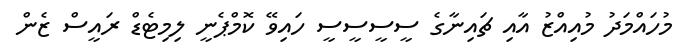
މުހައްމަދު މުއިއްޒު އާއި ޗައިނާގެ ސީސީސީސީ ހައިވޭ ކޮމްޕެނީ ލިމިޓެޑް ރައީސް ޒެން